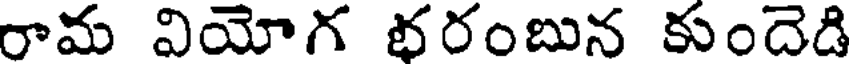
రామ వియోగ భరంబున కుందెడి